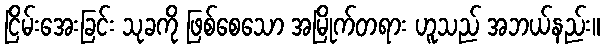
ငြိမ်းအေးခြင်း သုခကို ဖြစ်စေသော အမြိုက်တရား ဟူသည် အဘယ်နည်း။